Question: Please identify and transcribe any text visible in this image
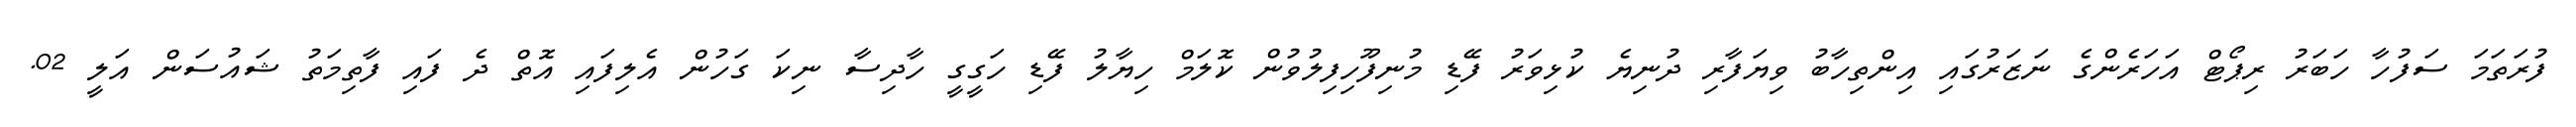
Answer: ފުރަތަމަ ސަފުހާ ހަބަރު ރިޕޯޓް އަހަރެންގެ ނަޒަރުގައި އިންތިހާބު ވިޔަފާރި ދުނިޔެ ކުޅިވަރު ފޭޑި މުނިފޫހިފިލުވުން ކޮލަމް ހިޔާލު ފޭޑި ހަގީގީ ހާދިސާ ނިކަ ގަހުން އެލިފައި އޮތް ދެ ފައި ފާތިމަތު ޝައުސަން އަލީ 02.